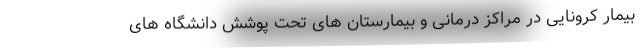
بیمار کرونایی در مراکز درمانی و بیمارستان های تحت پوشش دانشگاه های